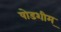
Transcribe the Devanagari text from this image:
षोडशीम्